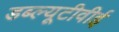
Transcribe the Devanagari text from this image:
डब्ल्यूटीवीई